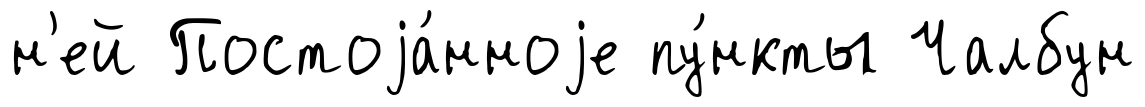
н'ей Постоjа́нноjе пу́нкты Чалбун